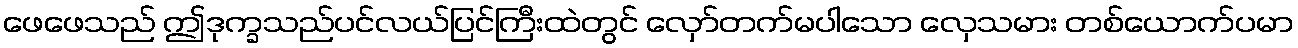
ဖေဖေသည် ဤဒုက္ခသည်ပင်လယ်ပြင်ကြီးထဲတွင် လှော်တက်မပါသော လှေသမား တစ်ယောက်ပမာ